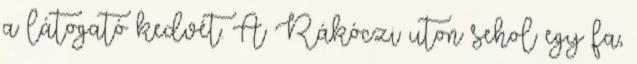
a látogató kedvét. A Rákóczi uton sehol egy fa,